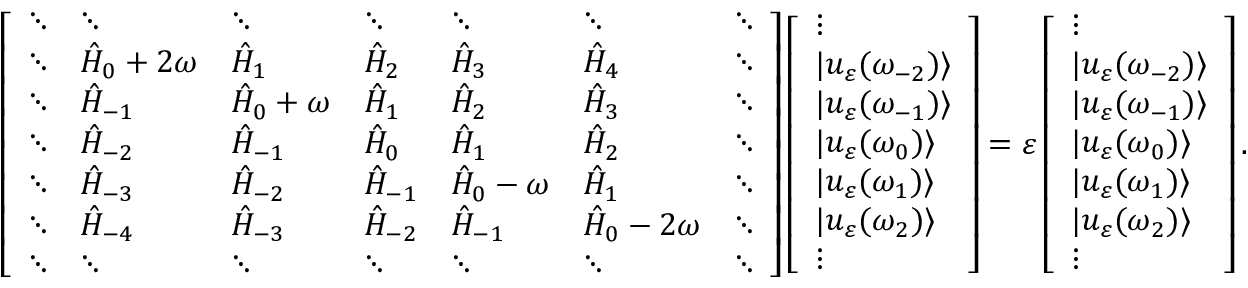
\left[ \begin{array} { l l l l l l l } { \ddots } & { \ddots } & { \ddots } & { \ddots } & { \ddots } & { \ddots } & { \ddots } \\ { \ddots } & { \hat { H } _ { 0 } + 2 \omega } & { \hat { H } _ { 1 } } & { \hat { H } _ { 2 } } & { \hat { H } _ { 3 } } & { \hat { H } _ { 4 } } & { \ddots } \\ { \ddots } & { \hat { H } _ { - 1 } } & { \hat { H } _ { 0 } + \omega } & { \hat { H } _ { 1 } } & { \hat { H } _ { 2 } } & { \hat { H } _ { 3 } } & { \ddots } \\ { \ddots } & { \hat { H } _ { - 2 } } & { \hat { H } _ { - 1 } } & { \hat { H } _ { 0 } } & { \hat { H } _ { 1 } } & { \hat { H } _ { 2 } } & { \ddots } \\ { \ddots } & { \hat { H } _ { - 3 } } & { \hat { H } _ { - 2 } } & { \hat { H } _ { - 1 } } & { \hat { H } _ { 0 } - \omega } & { \hat { H } _ { 1 } } & { \ddots } \\ { \ddots } & { \hat { H } _ { - 4 } } & { \hat { H } _ { - 3 } } & { \hat { H } _ { - 2 } } & { \hat { H } _ { - 1 } } & { \hat { H } _ { 0 } - 2 \omega } & { \ddots } \\ { \ddots } & { \ddots } & { \ddots } & { \ddots } & { \ddots } & { \ddots } & { \ddots } \end{array} \right] \left[ \begin{array} { l } { \vdots } \\ { | u _ { \varepsilon } ( \omega _ { - 2 } ) \rangle } \\ { | u _ { \varepsilon } ( \omega _ { - 1 } ) \rangle } \\ { | u _ { \varepsilon } ( \omega _ { 0 } ) \rangle } \\ { | u _ { \varepsilon } ( \omega _ { 1 } ) \rangle } \\ { | u _ { \varepsilon } ( \omega _ { 2 } ) \rangle } \\ { \vdots } \end{array} \right] = \varepsilon \left[ \begin{array} { l } { \vdots } \\ { | u _ { \varepsilon } ( \omega _ { - 2 } ) \rangle } \\ { | u _ { \varepsilon } ( \omega _ { - 1 } ) \rangle } \\ { | u _ { \varepsilon } ( \omega _ { 0 } ) \rangle } \\ { | u _ { \varepsilon } ( \omega _ { 1 } ) \rangle } \\ { | u _ { \varepsilon } ( \omega _ { 2 } ) \rangle } \\ { \vdots } \end{array} \right] .